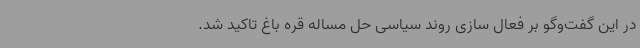
در این گفت‌وگو بر فعال سازی روند سیاسی حل مساله قره باغ تاکید شد.